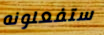
ستفعلونه